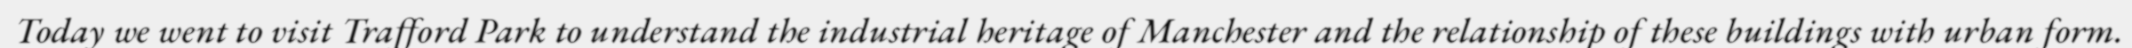
Today we went to visit Trafford Park to understand the industrial heritage of Manchester and the relationship of these buildings with urban form.